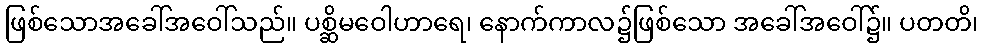
ဖြစ်သောအခေါ်အဝေါ်သည်။ ပစ္ဆိမဝေါဟာရေ၊ နောက်ကာလ၌ဖြစ်သော အခေါ်အဝေါ်၌။ ပတတိ၊